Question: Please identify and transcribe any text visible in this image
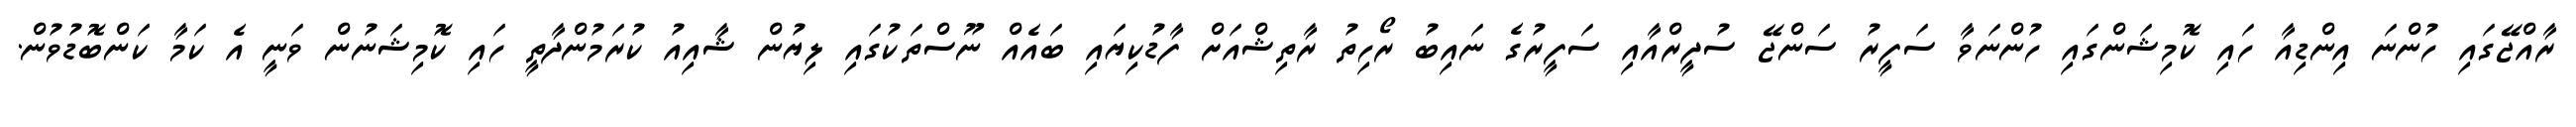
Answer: ރާއްޖޭގައި ހުންނަ އިންޑިއާ ހައި ކޮމިޝަންގައި ހުންނަވާ ސަފީރު ސަންޖޭ ސުދީރްއާއި ސަފީރުގެ ނައިބު ރޯހިތު ރާތިޝްއަށް ފާޑުކިޔައި ބައެއް ނޫސްތަކުގައި ލިޔުން ޝާއިއު ކުރަމުންދާތީ ހައި ކޮމިޝަނުން ވަނީ އެ ކަމާ ކަންބޮޑުވުން.